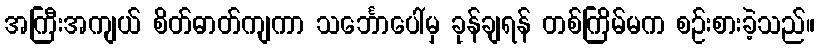
အကြီးအကျယ် စိတ်ဓာတ်ကျကာ သင်္ဘောပေါ်မှ ခုန်ချရန် တစ်ကြိမ်မက စဉ်းစားခဲ့သည်။